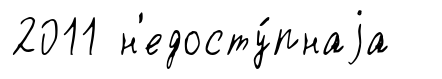
2011 н'едосту́пнаjа